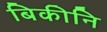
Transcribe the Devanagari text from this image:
बिकीनि